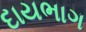
દાયભાગ